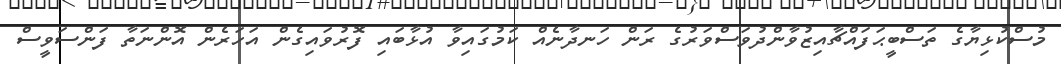
މުސްކުޅިޔާގެ ތަސްބީޙަފައްޗާއިޒުވާންދުވަސްވަރުގެ ރަން ހަނދާނެއް ކަމުގައިވާ އުޅާބައި ފޮރުވައިގެން އަހަރެން އޮންނަތާ ފަންސަވީސް